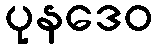
ပုနဒေဝ